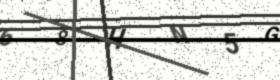
Text: 68HN5G